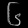
Digit: ၆